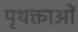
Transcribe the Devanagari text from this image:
पृथक्ताओं